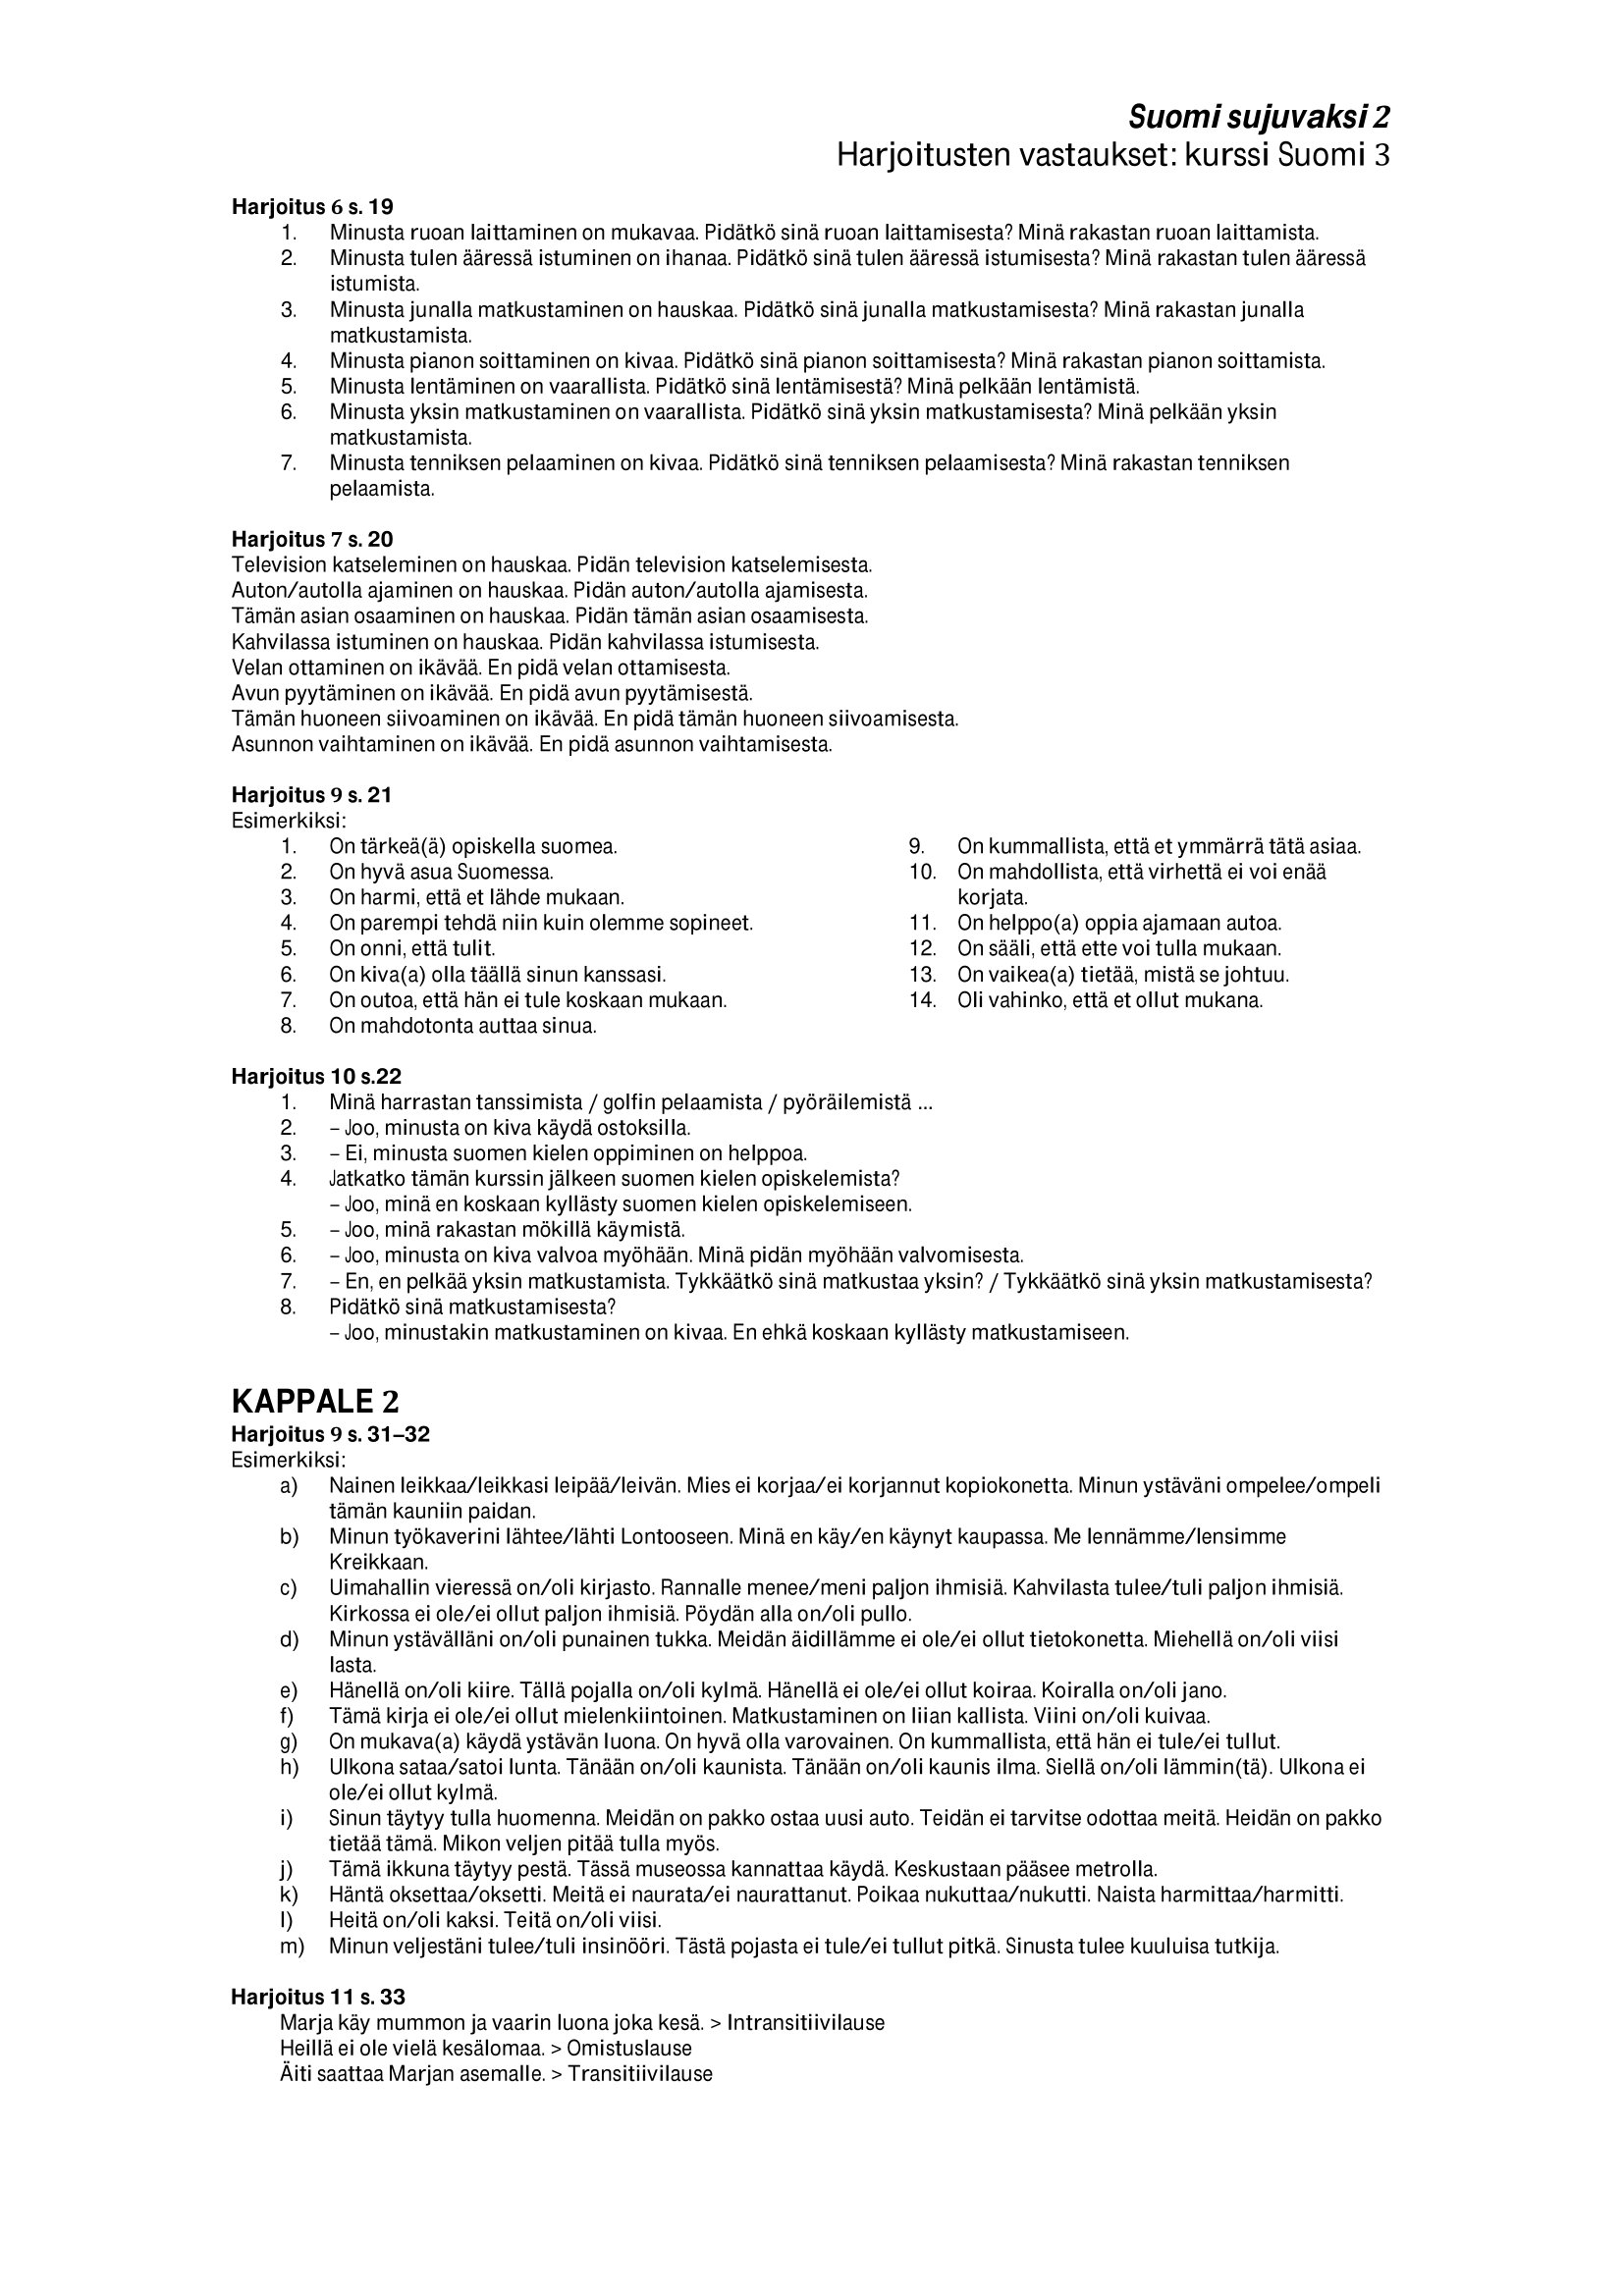
Language: fn